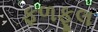
ફળફૂલ